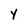
Character: Y